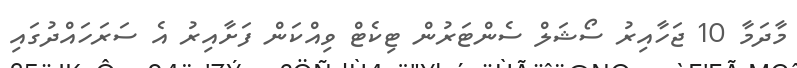
މާދަމާ 10 ޖަހާއިރު ސޯޝަލް ސެންޓަރުން ޓިކެޓް ވިއްކަން ފަށާއިރު އެ ސަރަހައްދުގައި